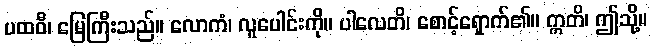
ပထဝီ၊ မြေကြီးသည်။ လောကံ၊ လူပေါင်းကို။ ပါလေတိ၊ စောင့်ရှောက်၏။ ဣတိ၊ ဤသို့။